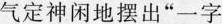
气定神闲地摆出”一字